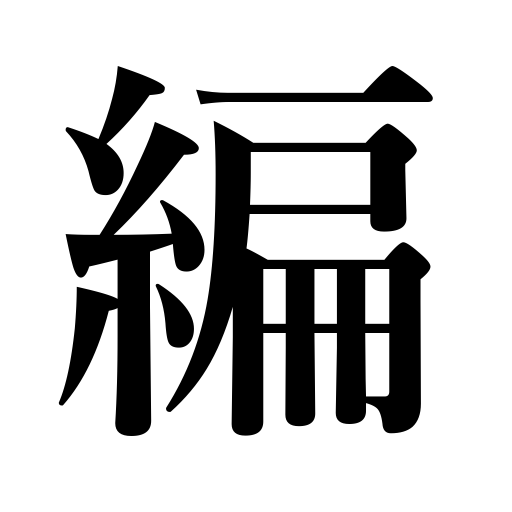
Meanings: twist,net,completed poem,a book,compile,weave,frame,plait,crochet,braid,editing,compilation,knit,a part of a book,edit